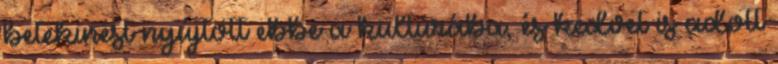
betekinést nyújtott ebbe a kultúrába, és kedvet is adott